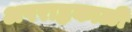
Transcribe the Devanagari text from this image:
अपराह्नकाळीं